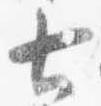
七